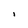
Character: i